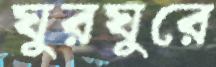
ঘুরঘুরে